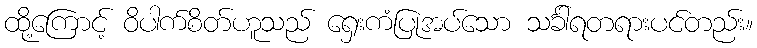
ထို့ကြောင့် ဝိပါက်စိတ်ဟူသည် ရှေးကံပြုအပ်သော သင်္ခါရတရားပင်တည်း။